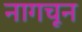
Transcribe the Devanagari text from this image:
नागचून